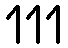
111